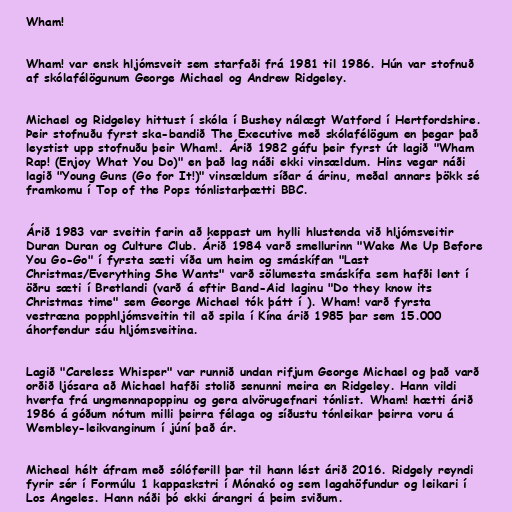
Wham!

Wham! var ensk hljómsveit sem starfaði frá 1981 til 1986. Hún var stofnuð
af skólafélögunum George Michael og Andrew Ridgeley.

Michael og Ridgeley hittust í skóla í Bushey nálægt Watford í Hertfordshire.
Þeir stofnuðu fyrst ska-bandið The Executive með skólafélögum en þegar það
leystist upp stofnuðu þeir Wham!. Árið 1982 gáfu þeir fyrst út lagið "Wham
Rap! (Enjoy What You Do)" en það lag náði ekki vinsældum. Hins vegar náði
lagið "Young Guns (Go for It!)" vinsældum síðar á árinu, meðal annars þökk sé
framkomu í Top of the Pops tónlistarþætti BBC.

Árið 1983 var sveitin farin að keppast um hylli hlustenda við hljómsveitir
Duran Duran og Culture Club. Árið 1984 varð smellurinn "Wake Me Up Before
You Go-Go" í fyrsta sæti víða um heim og smáskífan "Last
Christmas/Everything She Wants" varð sölumesta smáskífa sem hafði lent í
öðru sæti í Bretlandi (varð á eftir Band-Aid laginu "Do they know its
Christmas time" sem George Michael tók þátt í ). Wham! varð fyrsta
vestræna popphljómsveitin til að spila í Kína árið 1985 þar sem 15.000
áhorfendur sáu hljómsveitina.

Lagið "Careless Whisper" var runnið undan rifjum George Michael og það varð
orðið ljósara að Michael hafði stolið senunni meira en Ridgeley. Hann vildi
hverfa frá ungmennapoppinu og gera alvörugefnari tónlist. Wham! hætti árið
1986 á góðum nótum milli þeirra félaga og síðustu tónleikar þeirra voru á
Wembley-leikvanginum í júní það ár.

Micheal hélt áfram með sólóferill þar til hann lést árið 2016. Ridgely reyndi
fyrir sér í Formúlu 1 kappaskstri í Mónakó og sem lagahöfundur og leikari í
Los Angeles. Hann náði þó ekki árangri á þeim sviðum.